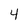
Character: 4